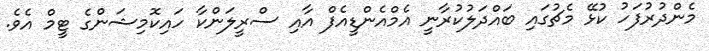
މެންދުރުފަހު ކުޅޭ މެޗުގައި ބައްދަލުކުރާނީ އެމްއެންޑީއެފް އާއި ސްރީލަންކާ ހައިކޮމިޝަންގެ ޓީމް އެވެ.